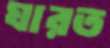
ঘারত